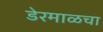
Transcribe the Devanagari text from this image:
डेरमाळचा